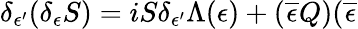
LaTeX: \delta_{\epsilon^{\prime}}(\delta_{\epsilon}S)=iS\delta_{\epsilon^{\prime}}\Lambda(\epsilon)+(\overline{{{\epsilon}}}Q)(\overline{{{\epsilon}}}